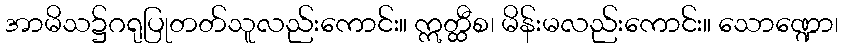
အာမိသ၌ဂရုပြုတတ်သူလည်းကောင်း။ ဣတ္ထီစ၊ မိန်းမလည်းကောင်း။ သောဏ္ဍော၊